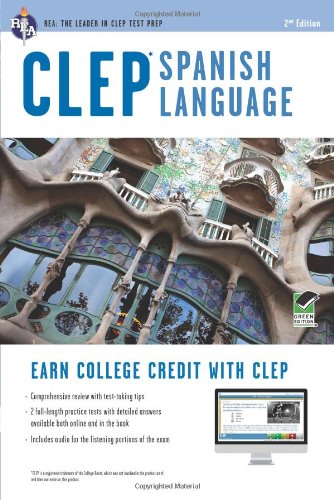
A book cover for CLEPÂ® Spanish Language Book + Online (CLEP Test Preparation) (English and Spanish Edition); Viviana Gyori; Test Preparation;